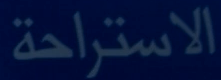
الاستراحة